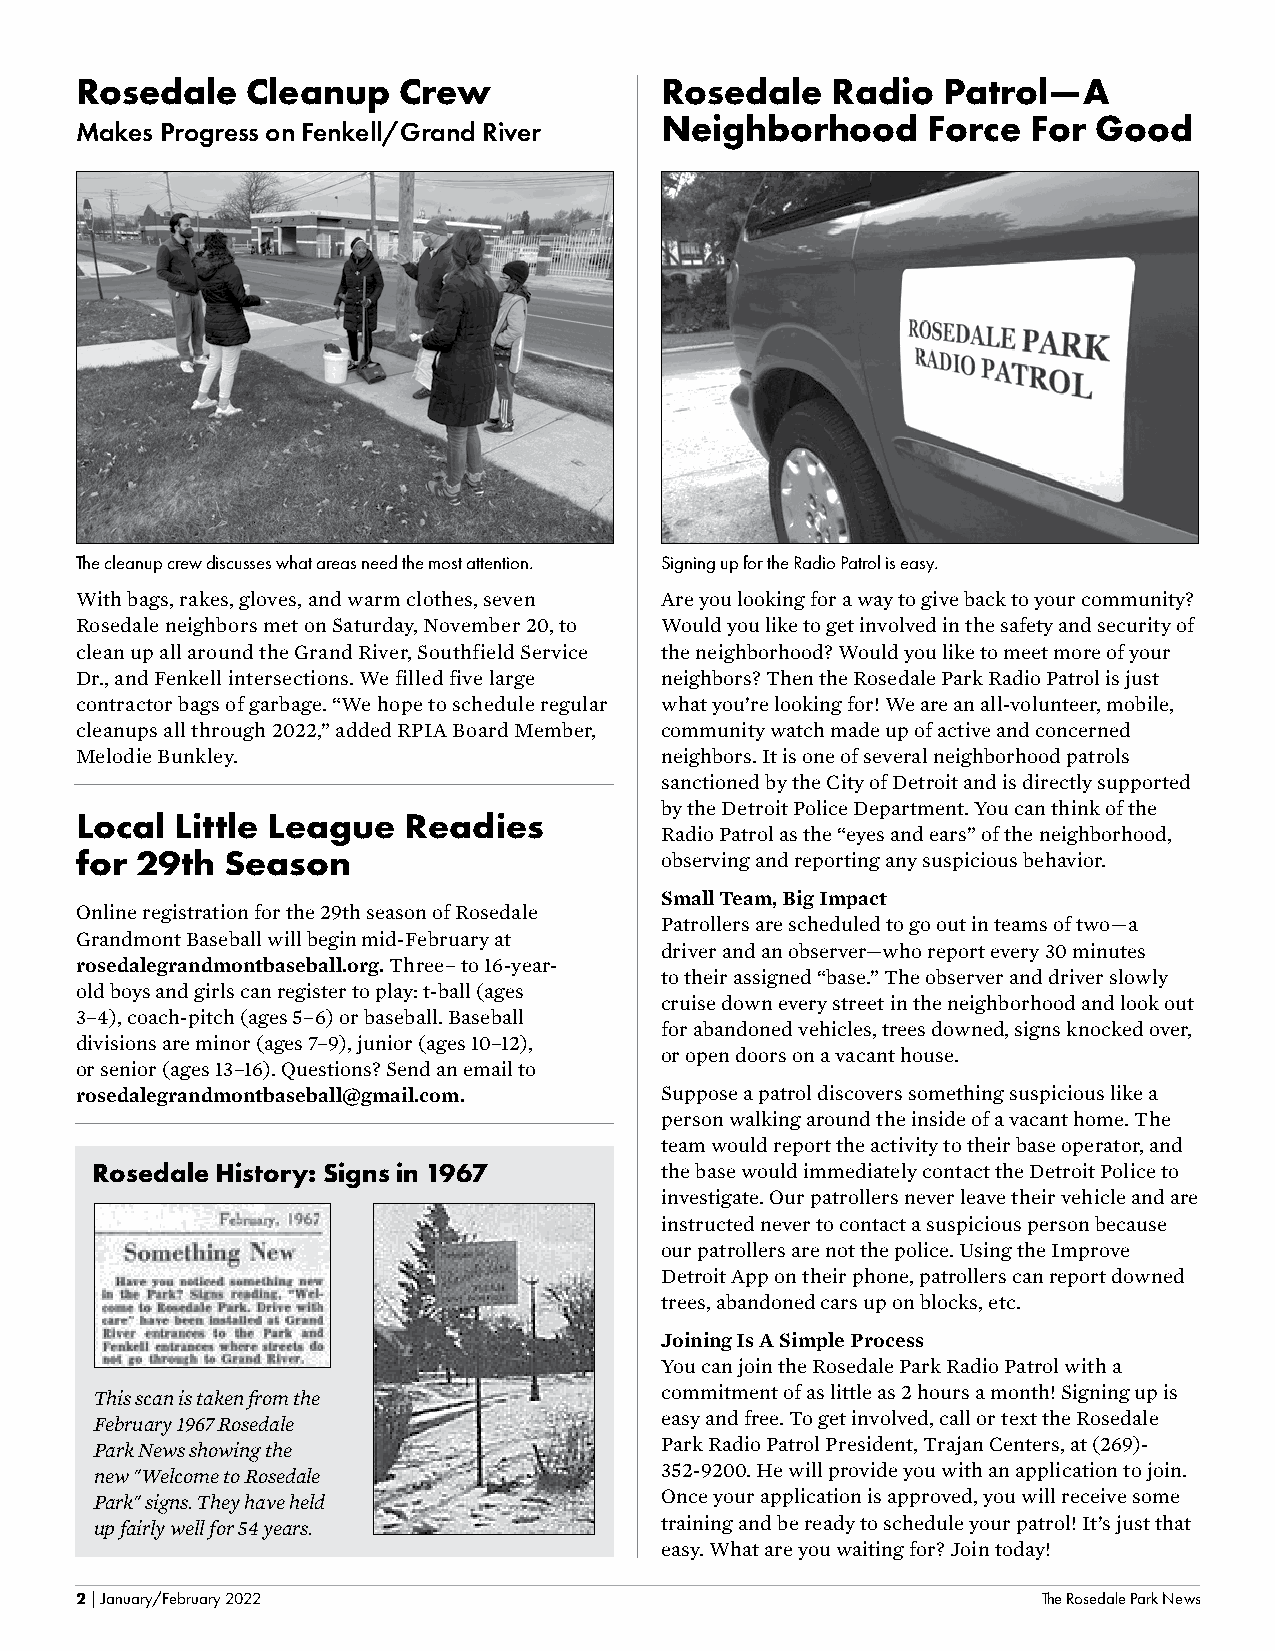
Rosedale   Cleanup   Crew              Rosedale   Radio  Patrol—A
 Neighborhood     Force  For Good
 Makes Progress on Fenkell/Grand River
 The cleanup crew discusses what areas need the most attention. Signing up for the Radio Patrol is easy.
 With bags, rakes, gloves, and warm clothes, seven Are you looking for a way to give back to your community?
 Rosedale neighbors met on Saturday, November 20, to Would you like to get involved in the safety and security of
 clean up all around the Grand River, Southfield Service the neighborhood? Would you like to meet more of your
 Dr., and Fenkell intersections. We filled five large neighbors? Then the Rosedale Park Radio Patrol is just
 contractor bags of garbage. “We hope to schedule regular what you’re looking for! We are an all-volunteer, mobile,
 cleanups all through 2022,” added RPIA Board Member, community watch made up of active and concerned
 Melodie Bunkley.                       neighbors. It is one of several neighborhood patrols
 sanctioned by the City of Detroit and is directly supported
 by the Detroit Police Department. You can think of the
 Local  Little League  Readies
 Radio Patrol as the “eyes and ears” of the neighborhood,
 for 29th  Season                       observing and reporting any suspicious behavior.
 Small Team, Big Impact
 Online registration for the 29th season of Rosedale
 Patrollers are scheduled to go out in teams of two—a
 Grandmont Baseball will begin mid-February at
 driver and an observer—who report every 30 minutes
 rosedalegrandmontbaseball.org. Three– to 16-year-
 to their assigned “base.” The observer and driver slowly
 old boys and girls can register to play: t-ball (ages
 cruise down every street in the neighborhood and look out
 3–4), coach-pitch (ages 5–6) or baseball. Baseball
 for abandoned vehicles, trees downed, signs knocked over,
 divisions are minor (ages 7–9), junior (ages 10–12),
 or open doors on a vacant house.
 or senior (ages 13–16). Questions? Send an email to
 rosedalegrandmontbaseball@gmail.com.   Suppose a patrol discovers something suspicious like a
 person walking around the inside of a vacant home. The
 team would report the activity to their base operator, and
 Rosedale History: Signs in 1967       the base would immediately contact the Detroit Police to
 investigate. Our patrollers never leave their vehicle and are
 instructed never to contact a suspicious person because
 our patrollers are not the police. Using the Improve
 Detroit App on their phone, patrollers can report downed
 trees, abandoned cars up on blocks, etc.
 Joining Is A Simple Process
 You can join the Rosedale Park Radio Patrol with a
 This scan is taken from the           commitment of as little as 2 hours a month! Signing up is
 February 1967 Rosedale                easy and free. To get involved, call or text the Rosedale
 Park News showing the                 Park Radio Patrol President, Trajan Centers, at (269)-
 new "Welcome to Rosedale              352-9200. He will provide you with an application to join.
 Park" signs. They have held           Once your application is approved, you will receive some
 up fairly well for 54 years.          training and be ready to schedule your patrol! It’s just that
 easy. What are you waiting for? Join today!
 2 | January/February 2022                                       The Rosedale Park News